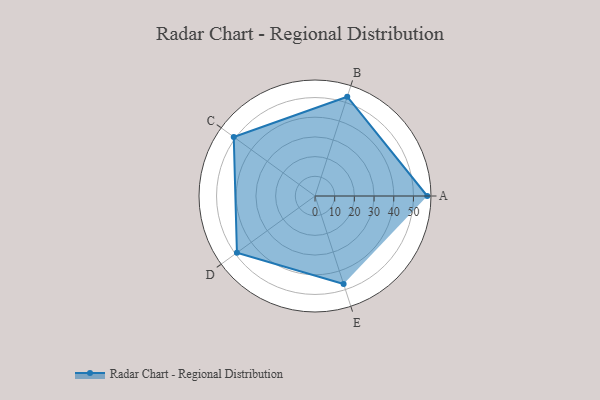
{"axis": {"x": "Skill", "y": "Score"}, "legend": ["Profile"], "data": [{"x": "A", "y": 57.0, "type": "Profile"}, {"x": "B", "y": 53.0, "type": "Profile"}, {"x": "C", "y": 51.0, "type": "Profile"}, {"x": "D", "y": 49.0, "type": "Profile"}, {"x": "E", "y": 47.0, "type": "Profile"}]}